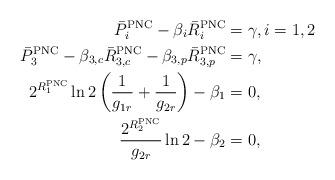
LaTeX: \begin{align*}\bar{P}^{\mathrm{PNC}}_i-\beta_i\bar{R}^{\mathrm{PNC}}_i&=\gamma, i=1,2 \\\bar{P}^{\mathrm{PNC}}_3-\beta_{3,c}\bar{R}^{\mathrm{PNC}}_{3,c}-\beta_{3,p}\bar{R}^{\mathrm{PNC}}_{3,p} &=\gamma, \\2^{R_1^{\mathrm{PNC}}}\ln2 \left(\frac{1}{g_{1r}}+\frac{1}{g_{2r}}\right)-\beta_1 &= 0, \\\frac{2^{R_2^{\mathrm{PNC}}}}{g_{2r}} \ln2 -\beta_2 &= 0, \end{align*}